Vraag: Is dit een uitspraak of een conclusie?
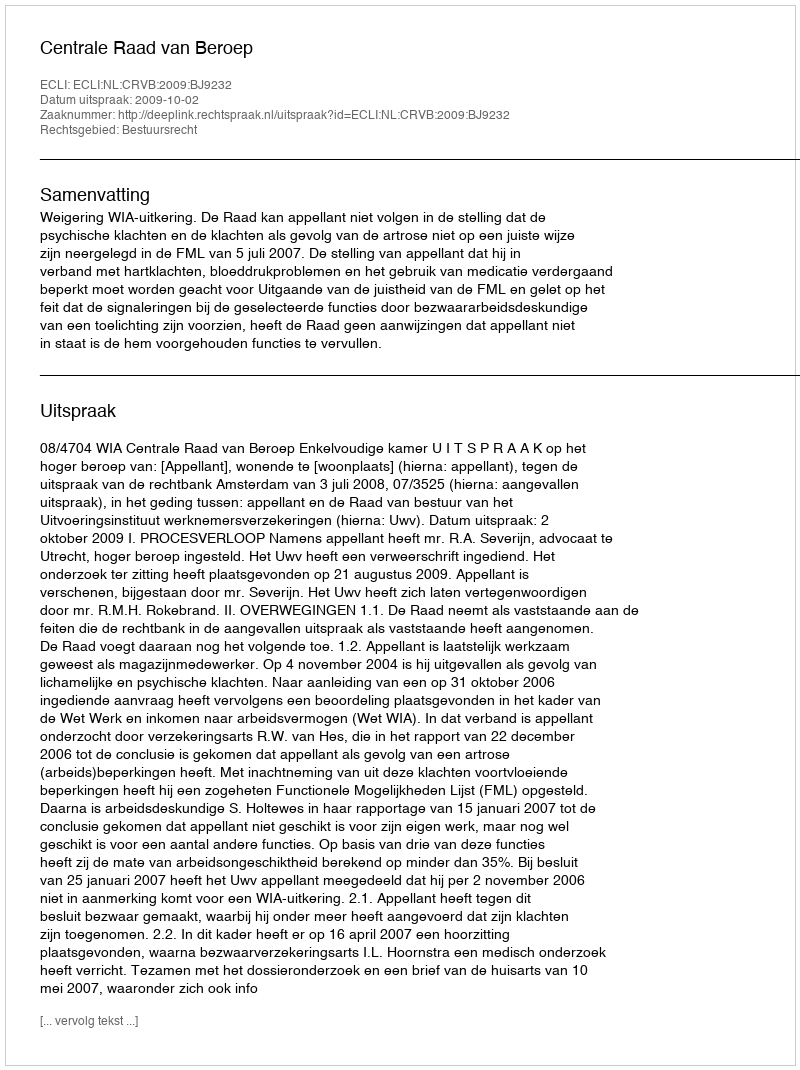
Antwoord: Uitspraak